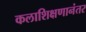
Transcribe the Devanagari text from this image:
कलाशिक्षणानंतर